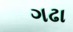
ગઢા